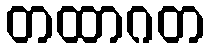
တထာဂတ